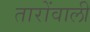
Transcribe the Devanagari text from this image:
तारोंवाली